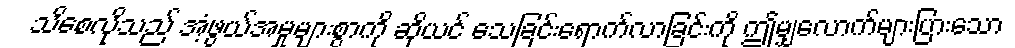
သိစေလိုသည် အံ့ဖွယ်အမှုများစွာကို ဆိုယင် သေခြင်းရောက်လာခြင်းကို ဤမျှလောက်များပြားသော